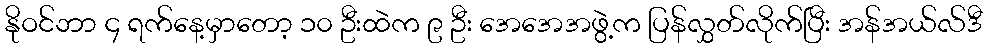
နိုဝင်ဘာ ၄ ရက်နေ့မှာတော့ ၁၀ ဦးထဲက ၉ ဦး အေအေအဖွဲ့က ပြန်လွှတ်လိုက်ပြီး အန်အယ်လ်ဒီ